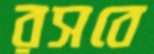
রসবে